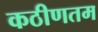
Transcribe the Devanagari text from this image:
कठीणतम